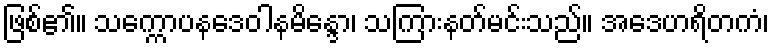
ဖြစ်၏။ သက္ကောပနဒေဝါနမိန္ဒော၊ သကြားနတ်မင်းသည်။ အဒေဟရိတကံ၊